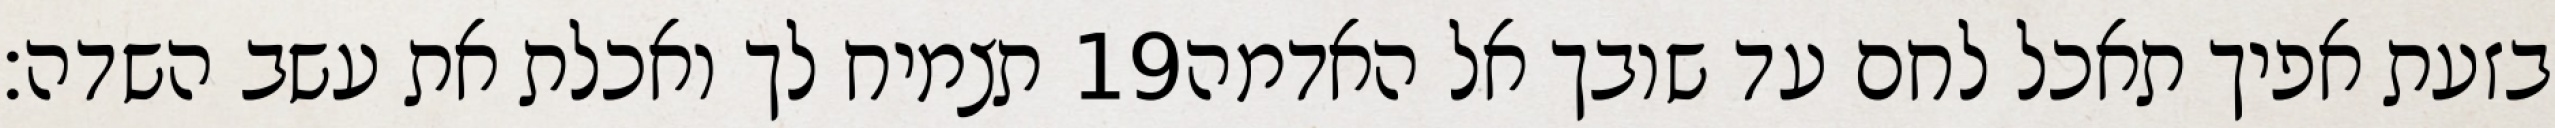
תצמיח לך ואכלת את עשב השדה׃ ‎19‏ בזעת אפיך תאכל לחם עד שובך אל האדמה